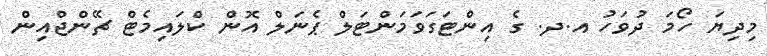
މިދިޔަ ހޯމަ ދުވަހު އ.ދ. ގެ އިންޓަގަވަމަންޓަލް ޕެނަލް އޮން ކްލައިމެޓް ޗޭންޖްއިން